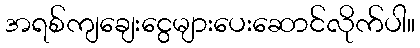
အရစ်ကျချေးငွေများပေးဆောင်လိုက်ပါ။